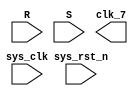
module DIV_7 (
	input sys_clk,
	input sys_rst_n,
	input [3:0] R,S,
	output clk_7
);

	//
	reg [2:0] temp1;
	always@(posedge sys_clk or negedge sys_rst_n) begin
		if(!sys_rst_n) begin
			temp1 <= 3'd0;
		end else if(temp1 == 3'd6) begin
			temp1 <= 3'd0;
		end else begin
			temp1 <= temp1 + 3'd1;
		end
	end

	//
	reg [2:0] temp2;
	always@(negedge sys_clk or negedge sys_rst_n) begin
		if(!sys_rst_n) begin
			temp2 <= 3'd0;
		end else if(temp2 == 3'd6) begin
			temp2 <= 3'd0;
		end else begin
			temp2 <= temp2 + 3'd1;
		end
	end

	//
	//||
	reg rise_temp_1;
	always@(posedge sys_clk or negedge sys_rst_n) begin
		if(!sys_rst_n) begin
			rise_temp_1 <= 1'd0;
		end else if(temp1 >= 3'd3 && temp1 <= 3'd5) begin
			rise_temp_1 <= 1'd1;
		end else begin
			rise_temp_1 <= 1'd0;
		end
	end

	reg fall_temp_1;
	always@(negedge sys_clk or negedge sys_rst_n) begin
		if(!sys_rst_n) begin
			fall_temp_1 <= 1'd0;
		end else if(temp2 >= 3'd3 && temp2 <= 3'd5) begin
			fall_temp_1 <= 1'd1;
		end else begin
			fall_temp_1 <= 1'd0;
		end
	end

	wire clk_7_1;
	assign clk_7_1 = rise_temp_1 || fall_temp_1;


	//
	//&
	reg rise_temp_2;
	always@(posedge sys_clk or negedge sys_rst_n) begin
		if(!sys_rst_n) begin
			rise_temp_2 <= 1'd0;
		end else if(temp1 >= 3'd2 && temp1 <= 3'd5) begin
			rise_temp_2 <= 1'd1;
		end else begin
			rise_temp_2 <= 1'd0;
		end
	end

	reg fall_temp_2;
	always@(negedge sys_clk or negedge sys_rst_n) begin
		if(!sys_rst_n) begin
			fall_temp_2 <= 1'd0;
		end else if(temp2 >= 3'd2 && temp2 <= 3'd5) begin
			fall_temp_2 <= 1'd1;
		end else begin
			fall_temp_2 <= 1'd0;
		end
	end

	wire clk_7_2;
	assign clk_7_2 = rise_temp_2 && fall_temp_2;

	//
	//3.1^
	reg rise_temp_3;
	always@(posedge sys_clk or negedge sys_rst_n) begin
		if(!sys_rst_n) begin
			rise_temp_3 <= 1'd0;
		end else if(temp1 >= 3'd2 && temp1 <= 3'd5) begin
			rise_temp_3 <= 1'd1;
		end else begin
			rise_temp_3 <= 1'd0;
		end
	end

	reg fall_temp_3;
	always@(negedge sys_clk or negedge sys_rst_n) begin
		if(!sys_rst_n) begin
			fall_temp_3 <= 1'd0;
		end else if(temp2 == 3'd2) begin
			fall_temp_3 <= 1'd1;
		end else begin
			fall_temp_3 <= 1'd0;
		end
	end

	wire edge_temp_3;
	assign edge_temp_3 = rise_temp_3 && fall_temp_3;

	wire clk_7_3;
	assign clk_7_3 = rise_temp_3 ^ edge_temp_3;

	//3.2
	reg rise_temp_4;
	always@(posedge sys_clk or negedge sys_rst_n) begin
		if(!sys_rst_n) begin
			rise_temp_4 <= 1'd0;
		end else if(temp1 == 3'd6) begin
			rise_temp_4 <= ~rise_temp_4;
		end else begin
			rise_temp_4 <= rise_temp_4;
		end
	end

	reg fall_temp_4;
	always@(negedge sys_clk or negedge sys_rst_n) begin
		if(!sys_rst_n) begin
			fall_temp_4 <= 1'd0;
		end else if(temp2 == 3'd3) begin
			fall_temp_4 <= ~fall_temp_4;
		end else begin
			fall_temp_4 <= fall_temp_4;
		end
	end

	wire clk_7_4;
	assign clk_7_4 = rise_temp_4 ^ fall_temp_4;

	//
	//5.1~^
	reg rise_temp_5;
	always@(posedge sys_clk or negedge sys_rst_n) begin
		if(!sys_rst_n) begin
			rise_temp_5 <= 1'd0;
		end else if(temp1 >= 3'd2 && temp1 <= 3'd5) begin
			rise_temp_5 <= 1'd1;
		end else begin
			rise_temp_5 <= 1'd0;
		end
	end

	wire clk_7_5;
	assign clk_7_5 = rise_temp_5 ~^ edge_temp_3;

	//5.2
	reg rise_temp_6;
	always@(posedge sys_clk or negedge sys_rst_n) begin
		if(!sys_rst_n) begin
			rise_temp_6 <= 1'd0;
		end else if(temp1 == 3'd6) begin
			rise_temp_6 <= ~rise_temp_6;
		end else begin
			rise_temp_6 <= rise_temp_6;
		end
	end

	reg fall_temp_6;
	always@(negedge sys_clk or negedge sys_rst_n) begin
		if(!sys_rst_n) begin
			fall_temp_6 <= 1'd0;
		end else if(temp2 == 3'd3) begin
			fall_temp_6 <= ~fall_temp_6;
		end else begin
			fall_temp_6 <= fall_temp_6;
		end
	end

	wire clk_7_6;
	assign clk_7_6 = rise_temp_6 ~^ fall_temp_6;

endmodule